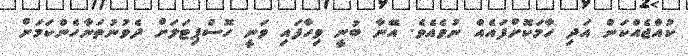
ކުއްޖެއްކަން އަދި ހާމަކޮށްފައެއް ނުވެއެވެ. އޭނާ ބުނީ ވިހާފައި ވަނީ ހޮސްޕިޓަަލަށް ދެވުނުތަނާހެންކަމަށް